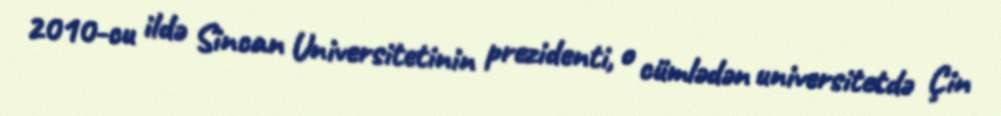
2010-cu ildə Sincan Universitetinin prezidenti, o cümlədən universitetdə Çin